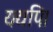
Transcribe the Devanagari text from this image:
यद्यपि।